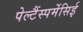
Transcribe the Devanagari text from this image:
पेल्टैंस्पर्मेसिई